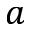
a